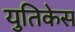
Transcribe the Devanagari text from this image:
युतिकेस